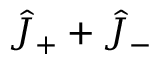
\hat { J } _ { + } + \hat { J } _ { - }